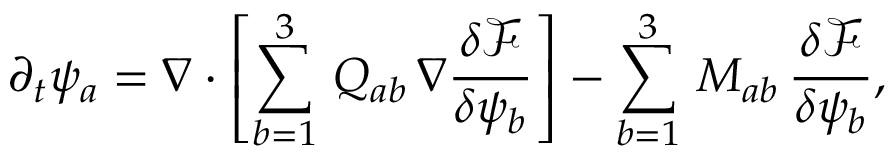
\partial _ { t } \psi _ { a } = \nabla \cdot \left[ \sum _ { b = 1 } ^ { 3 } \, Q _ { a b } \, \nabla \frac { \delta \mathcal { F } } { \delta \psi _ { b } } \right] - \sum _ { b = 1 } ^ { 3 } \, M _ { a b } \, \frac { \delta \mathcal { F } } { \delta \psi _ { b } } ,